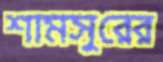
শামসুরের